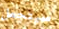
سيتحمل